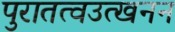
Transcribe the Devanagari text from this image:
पुरातत्वउत्खनन